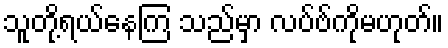
သူတို့ရယ်နေကြ သည်မှာ လပ်ဗ်ကိုမဟုတ်။